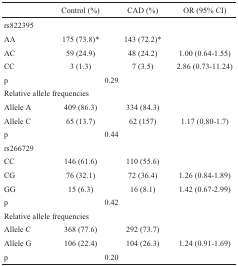
<table><thead><tr><td></td><td><b>Control (%)</b></td><td><b>CAD (%)</b></td><td><b>OR (95% CI)</b></td></tr></thead><tbody><tr><td> rs822395</td><td></td><td></td><td></td></tr><tr><td>AA</td><td>175 (73.8)*</td><td>143 (72.2)*</td><td></td></tr><tr><td>AC</td><td>59 (24.9)</td><td>48 (24.2)</td><td>1.00 (0.64-1.55)</td></tr><tr><td>CC</td><td>3 (1.3)</td><td>7 (3.5)</td><td>2.86 (0.73-11.24)</td></tr><tr><td>p</td><td colspan="2">0.29</td><td></td></tr><tr><td colspan="2">Relative allele frequencies</td><td></td><td></td></tr><tr><td>Allele A</td><td>409 (86.3)</td><td>334 (84.3)</td><td></td></tr><tr><td>Allele C</td><td>65 (13.7)</td><td>62 (157)</td><td>1.17 (0.80-1.7)</td></tr><tr><td>p</td><td colspan="2">0.44</td><td></td></tr><tr><td>rs266729</td><td></td><td></td><td></td></tr><tr><td>CC</td><td>146 (61.6)</td><td>110 (55.6)</td><td></td></tr><tr><td>CG</td><td>76 (32.1)</td><td>72 (36.4)</td><td>1.26 (0.84-1.89)</td></tr><tr><td>GG</td><td>15 (6.3)</td><td>16 (8.1)</td><td>1.42 (0.67-2.99)</td></tr><tr><td>p</td><td colspan="2">0.42</td><td></td></tr><tr><td colspan="2">Relative allele frequencies</td><td></td><td></td></tr><tr><td>Allele C</td><td>368 (77.6)</td><td>292 (73.7)</td><td></td></tr><tr><td>Allele G</td><td>106 (22.4)</td><td>104 (26.3)</td><td>1.24 (0.91-1.69)</td></tr><tr><td>p</td><td colspan="2">0.20</td><td></td></tr></tbody></table>